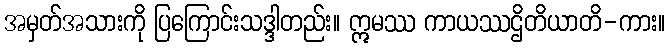
အမှတ်အသားကို ပြကြောင်းသဒ္ဒါတည်း။ ဣမဿ ကာယဿဌိတိယာတိ-ကား။